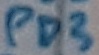
Text: PD3